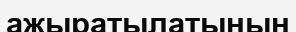
ажыратылатынын